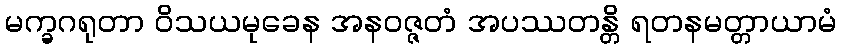
မက္ခဂရုတာ ဝိသယမုခေန အနဝဇ္ဇတံ အပဿတန္တိ ရတနမတ္တာယာမံ